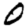
Digit: 0